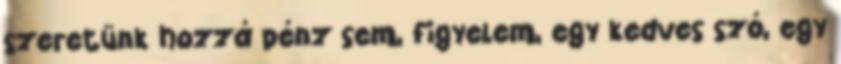
szeretünk hozzá pénz sem, figyelem, egy kedves szó, egy